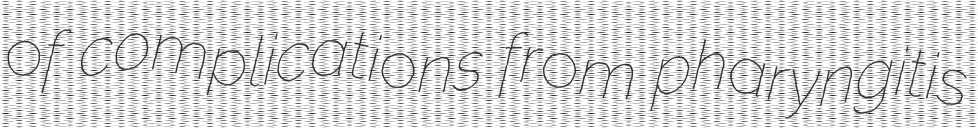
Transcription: of complications from pharyngitis